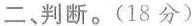
二判断。